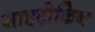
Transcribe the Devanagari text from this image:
साइटोकिन